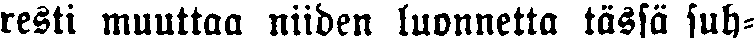
resti muuttaa niiden luonnetta tässä suh-